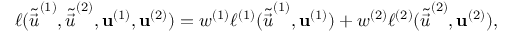
\ell ( \tilde { \vec { u } } ^ { ( 1 ) } , \tilde { \vec { u } } ^ { ( 2 ) } , \mathbf { u } ^ { ( 1 ) } , \mathbf { u } ^ { ( 2 ) } ) = w ^ { ( 1 ) } \ell ^ { ( 1 ) } ( \tilde { \vec { u } } ^ { ( 1 ) } , \mathbf { u } ^ { ( 1 ) } ) + w ^ { ( 2 ) } \ell ^ { ( 2 ) } ( \tilde { \vec { u } } ^ { ( 2 ) } , \mathbf { u } ^ { ( 2 ) } ) ,